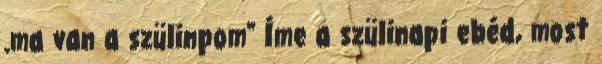
.ma van a szülinpom" Íme a szülinapi ebéd, most